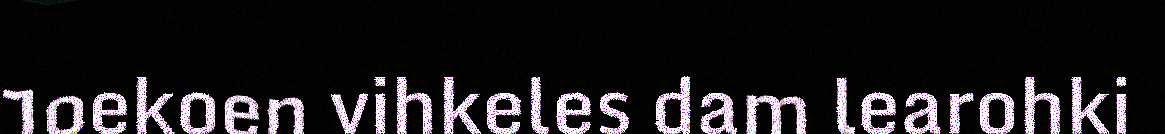
Joekoen vihkeles dam learohki